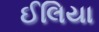
ઈલિયા